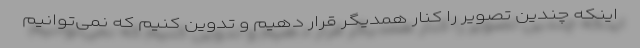
اینکه چندین تصویر را کنار همدیگر قرار دهیم و تدوین کنیم که نمی‌توانیم